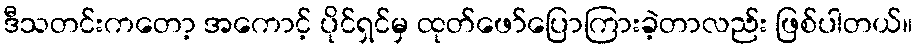
ဒီသတင်းကတော့ အကောင့် ပိုင်ရှင်မှ ထုတ်ဖော်ပြောကြားခဲ့တာလည်း ဖြစ်ပါတယ်။